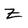
Character: Z